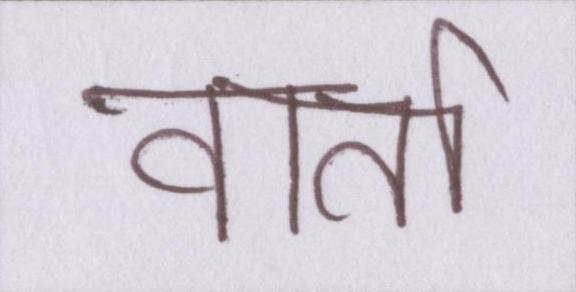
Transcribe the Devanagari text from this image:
वार्ता